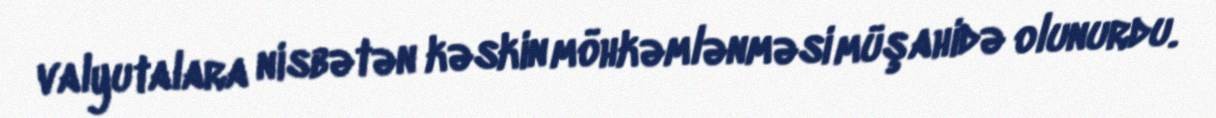
valyutalara nisbətən kəskin möhkəmlənməsi müşahidə olunurdu.